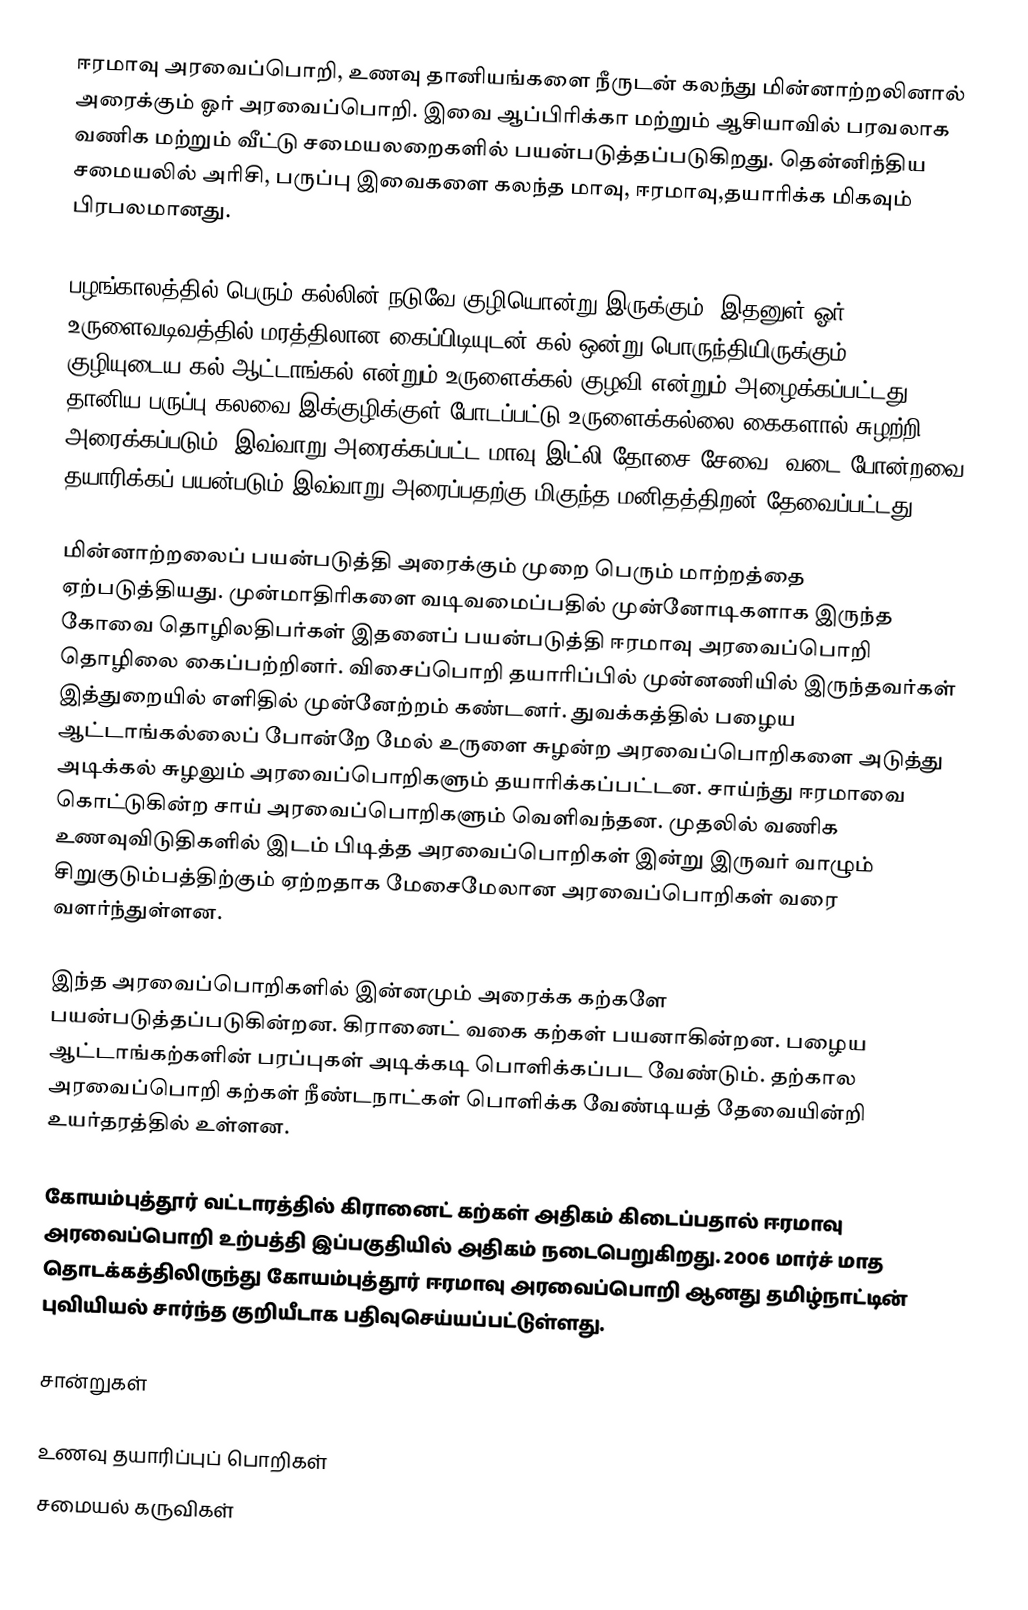
ஈரமாவு அரவைப்பொறி, உணவு தானியங்களை நீருடன் கலந்து மின்னாற்றலினால் அரைக்கும் ஓர் அரவைப்பொறி. இவை ஆப்பிரிக்கா மற்றும் ஆசியாவில் பரவலாக வணிக மற்றும் வீட்டு சமையலறைகளில் பயன்படுத்தப்படுகிறது. தென்னிந்திய சமையலில் அரிசி, பருப்பு இவைகளை கலந்த மாவு, ஈரமாவு,தயாரிக்க மிகவும் பிரபலமானது.

பழங்காலத்தில் பெரும் கல்லின் நடுவே குழியொன்று இருக்கும். இதனுள் ஓர் உருளைவடிவத்தில் மரத்திலான கைப்பிடியுடன் கல் ஒன்று பொருந்தியிருக்கும். குழியுடைய கல் ஆட்டாங்கல் என்றும் உருளைக்கல் குழவி என்றும் அழைக்கப்பட்டது. தானிய,பருப்பு கலவை இக்குழிக்குள் போடப்பட்டு உருளைக்கல்லை கைகளால் சுழற்றி அரைக்கப்படும். இவ்வாறு அரைக்கப்பட்ட மாவு இட்லி,தோசை,சேவை, வடை போன்றவை தயாரிக்கப் பயன்படும்.இவ்வாறு அரைப்பதற்கு மிகுந்த மனிதத்திறன் தேவைப்பட்டது.

மின்னாற்றலைப் பயன்படுத்தி அரைக்கும் முறை பெரும் மாற்றத்தை ஏற்படுத்தியது. முன்மாதிரிகளை வடிவமைப்பதில் முன்னோடிகளாக இருந்த கோவை தொழிலதிபர்கள் இதனைப் பயன்படுத்தி ஈரமாவு அரவைப்பொறி தொழிலை கைப்பற்றினர். விசைப்பொறி தயாரிப்பில் முன்னணியில் இருந்தவர்கள் இத்துறையில் எளிதில் முன்னேற்றம் கண்டனர். துவக்கத்தில் பழைய ஆட்டாங்கல்லைப் போன்றே மேல் உருளை சுழன்ற அரவைப்பொறிகளை அடுத்து அடிக்கல் சுழலும் அரவைப்பொறிகளும் தயாரிக்கப்பட்டன. சாய்ந்து ஈரமாவை கொட்டுகின்ற சாய் அரவைப்பொறிகளும் வெளிவந்தன. முதலில் வணிக உணவுவிடுதிகளில் இடம் பிடித்த அரவைப்பொறிகள் இன்று இருவர் வாழும் சிறுகுடும்பத்திற்கும் ஏற்றதாக மேசைமேலான அரவைப்பொறிகள் வரை வளர்ந்துள்ளன.

இந்த அரவைப்பொறிகளில் இன்னமும் அரைக்க கற்களே பயன்படுத்தப்படுகின்றன. கிரானைட் வகை கற்கள் பயனாகின்றன. பழைய ஆட்டாங்கற்களின் பரப்புகள் அடிக்கடி பொளிக்கப்பட வேண்டும். தற்கால அரவைப்பொறி கற்கள் நீண்டநாட்கள் பொளிக்க வேண்டியத் தேவையின்றி உயர்தரத்தில் உள்ளன.

கோயம்புத்தூர் வட்டாரத்தில் கிரானைட் கற்கள் அதிகம் கிடைப்பதால் ஈரமாவு அரவைப்பொறி உற்பத்தி இப்பகுதியில் அதிகம் நடைபெறுகிறது. 2006 மார்ச் மாத தொடக்கத்திலிருந்து கோயம்புத்தூர் ஈரமாவு அரவைப்பொறி ஆனது தமிழ்நாட்டின் புவியியல் சார்ந்த குறியீடாக பதிவுசெய்யப்பட்டுள்ளது.

சான்றுகள்

உணவு தயாரிப்புப் பொறிகள்
சமையல் கருவிகள்